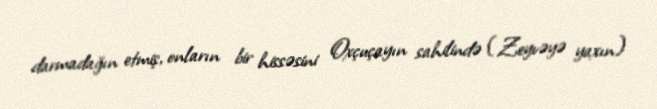
darmadağın etmiş, onların bir hissəsini Oxçuçayın sahilində (Zeyvəyə yaxın)